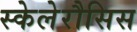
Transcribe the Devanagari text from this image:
स्केलेरौसिस